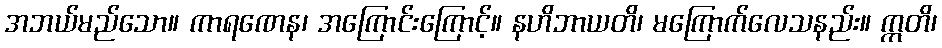
အဘယ်မည်သော။ ကာရဏေန၊ အကြောင်းကြောင့်။ နဟိဘာယတိ၊ မကြောက်လေသနည်း။ ဣတိ၊